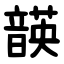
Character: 韺